Leaving Certificate Examination, 1919, 1919
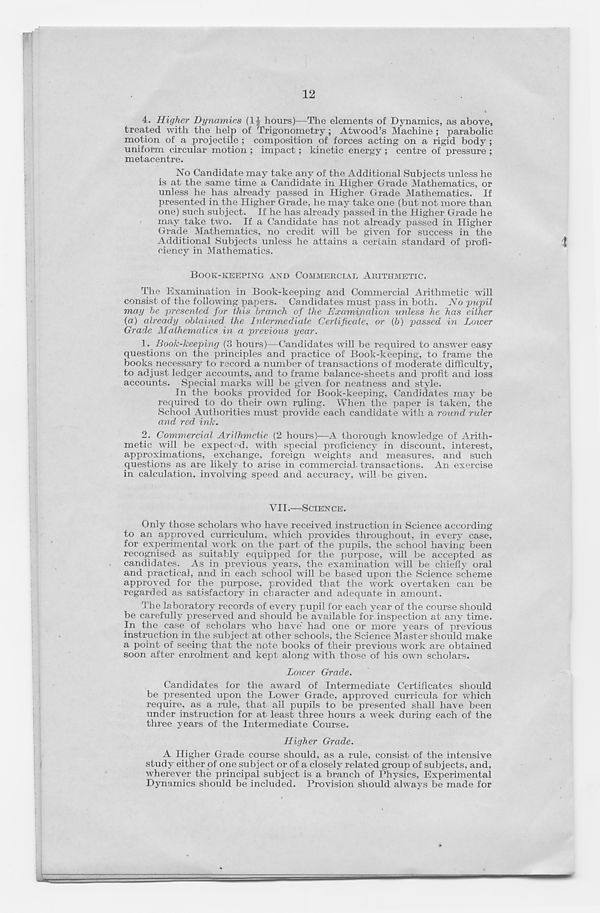
12
4. Higher Dynamics (1J hours)—The elements of Dynamics, as above,
treated with the help of Trigonometry; Atwood’s Machine ; parabolic
motion of a projectile ; composition of forces acting on a rigid body ;
uniform circular motion ; impact; kinetic energy ; centre of pressure ;
metacentre.
No Candidate may take any of the Additional Subjects unless he
is at the same time a Candidate in Higher Grade Mathematics, or
unless he has already passed in Higher Grade Mathematics. If
presented in the Higher Grade, he may take one (but not more than
one) such subject. If he has already passed in the Higher Grade he
may take two. If a Candidate has not already passed in Higher
Grade Mathematics, no credit will be given for success in the
Additional Subjects unless he attains a certain standard of profi-
ciency in Mathematics.
BOOK-KEEPING AND COMMERCIAL ARITHMETIC.
The Examination in Book-keeping and Commercial Arithmetic will
consist of the following papers. Candidates must pass in both. No pupil
may he presented for this branch of the Examination unless he has either
(a) already obtained the Intermediate Certificate, or (b) passed in Lower
Grade Mathematics in a previous year.
1. Book-keeping (3 hours)—Candidates will be required to answer easy
questions on the principles and practice of Book-keeping, to frame the
books necessary to record a number of transactions of moderate difficulty,
to adjust ledger accounts, and to frame balance-sheets and profit and loss
accounts. Special marks will be given for neatness and style.
In the books provided for Book-keeping, Candidates may be
required to do their own ruling. When the paper is taken, the
School Authorities must provide each candidate with a round ruler
and red ink.
2. Commercial Arithmetic (2 hours)—A thorough knowledge of Arith-
metic will be expected, with special proficiency in discount, interest,
approximations, exchange, foreign weights and measures, and such
questions as are likely to arise in commercial, transactions. An exercise
in calculation, involving speed and accuracy, will be given.
VII.—SCIENCE.
Only those scholars who have received instruction in Science according
to an approved curriculum, which provides throughout, in every case,
for experimental work on the part of the pupils, the school having been
recognised as suitably equipped for the purpose, will be accepted as
candidates. As in previous years, the examination will be chiefly oral
and practical, and in each school will be based upon the Science scheme
approved for the purpose, provided that the work overtaken can be
regarded as satisfactory in character and adequate in amount.
The laboratory records of every pupil for each year of the course should
be carefully preserved and should be available for inspection at any time.
In the case of scholars who have had one or more years of previous
instruction in the subject at other schools, the Science Master should make
a point of seeing that the note books of their previous work are obtained
soon after enrolment and kept along with those of his own scholars.
Lower Grade.
Candidates for the award of Intermediate Certificates should
be presented upon the Lower Grade, approved curricula for which
require, as a rule, that all pupils to be presented shall have been
under instruction for at least three hours a week during each of the
three years of the Intermediate Course.
Higher Grade.
A Higher Grade course should, as a rule, consist of the intensive
study either of one subject or of a closely related group of subjects, and,
wherever the principal subject is a branch of Physics, Experimental
Dynamics should be included. Provision should always be made for